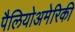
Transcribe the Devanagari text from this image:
पैलियोअमेरिकी